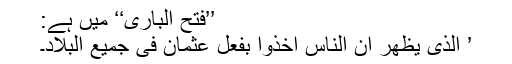
’’فتح الباری‘‘ میں ہے:
’ اَلَّذِی یَظهَرُ أَنَّ النَّاسَ أَخَذُوا بِفِعلِ عُثمَانَ فِی جَمِیعِ البِلَادِ۔